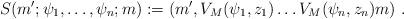
LaTeX: \begin{align*}S(m';\psi_1,\dots,\psi_n;m):= (m', V_M(\psi_1,z_1) \dots V_M(\psi_n,z_n) m) \ .\end{align*}